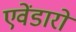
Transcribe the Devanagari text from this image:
एवेंडारो